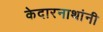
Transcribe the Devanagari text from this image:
केदारनाथांनी